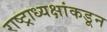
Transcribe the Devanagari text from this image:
राष्ट्राध्यक्षांकडून